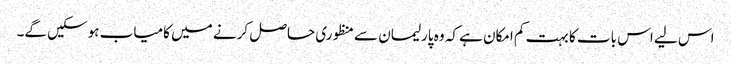
اس لیے اس بات کا بہت کم امکان ہے کہ وہ پارلیمان سے منظوری حاصل کرنے میں کامیاب ہوسکیں گے۔